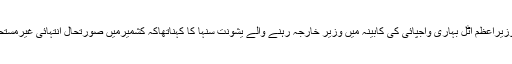
غیرملکی خبررساں ادارے کے مطابق بی جے پی کے سابق وزیراعظم اٹل بہاری واجپائی کی کابینہ میں وزیر خارجہ رہنے والے یشونت سنہا کا کہناتھاکہ کشمیرمیں صورتحال انتہائی غیرمستحکم ہے، مذاکرات میں حریت کانفرنس کوبھی شامل کیاجائے۔